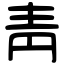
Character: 靑